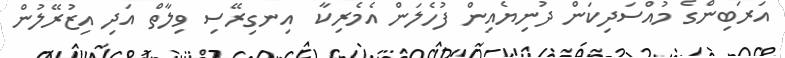
އަރަބިންގެ މުއްސަދިކަން ދުނިޔެއިން ފުހެލަން އެމެރިކާ  އިނގިރޭސި ވިލާތް އަދި އިޒުރޭލުން